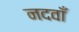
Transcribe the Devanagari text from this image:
नदवाँ